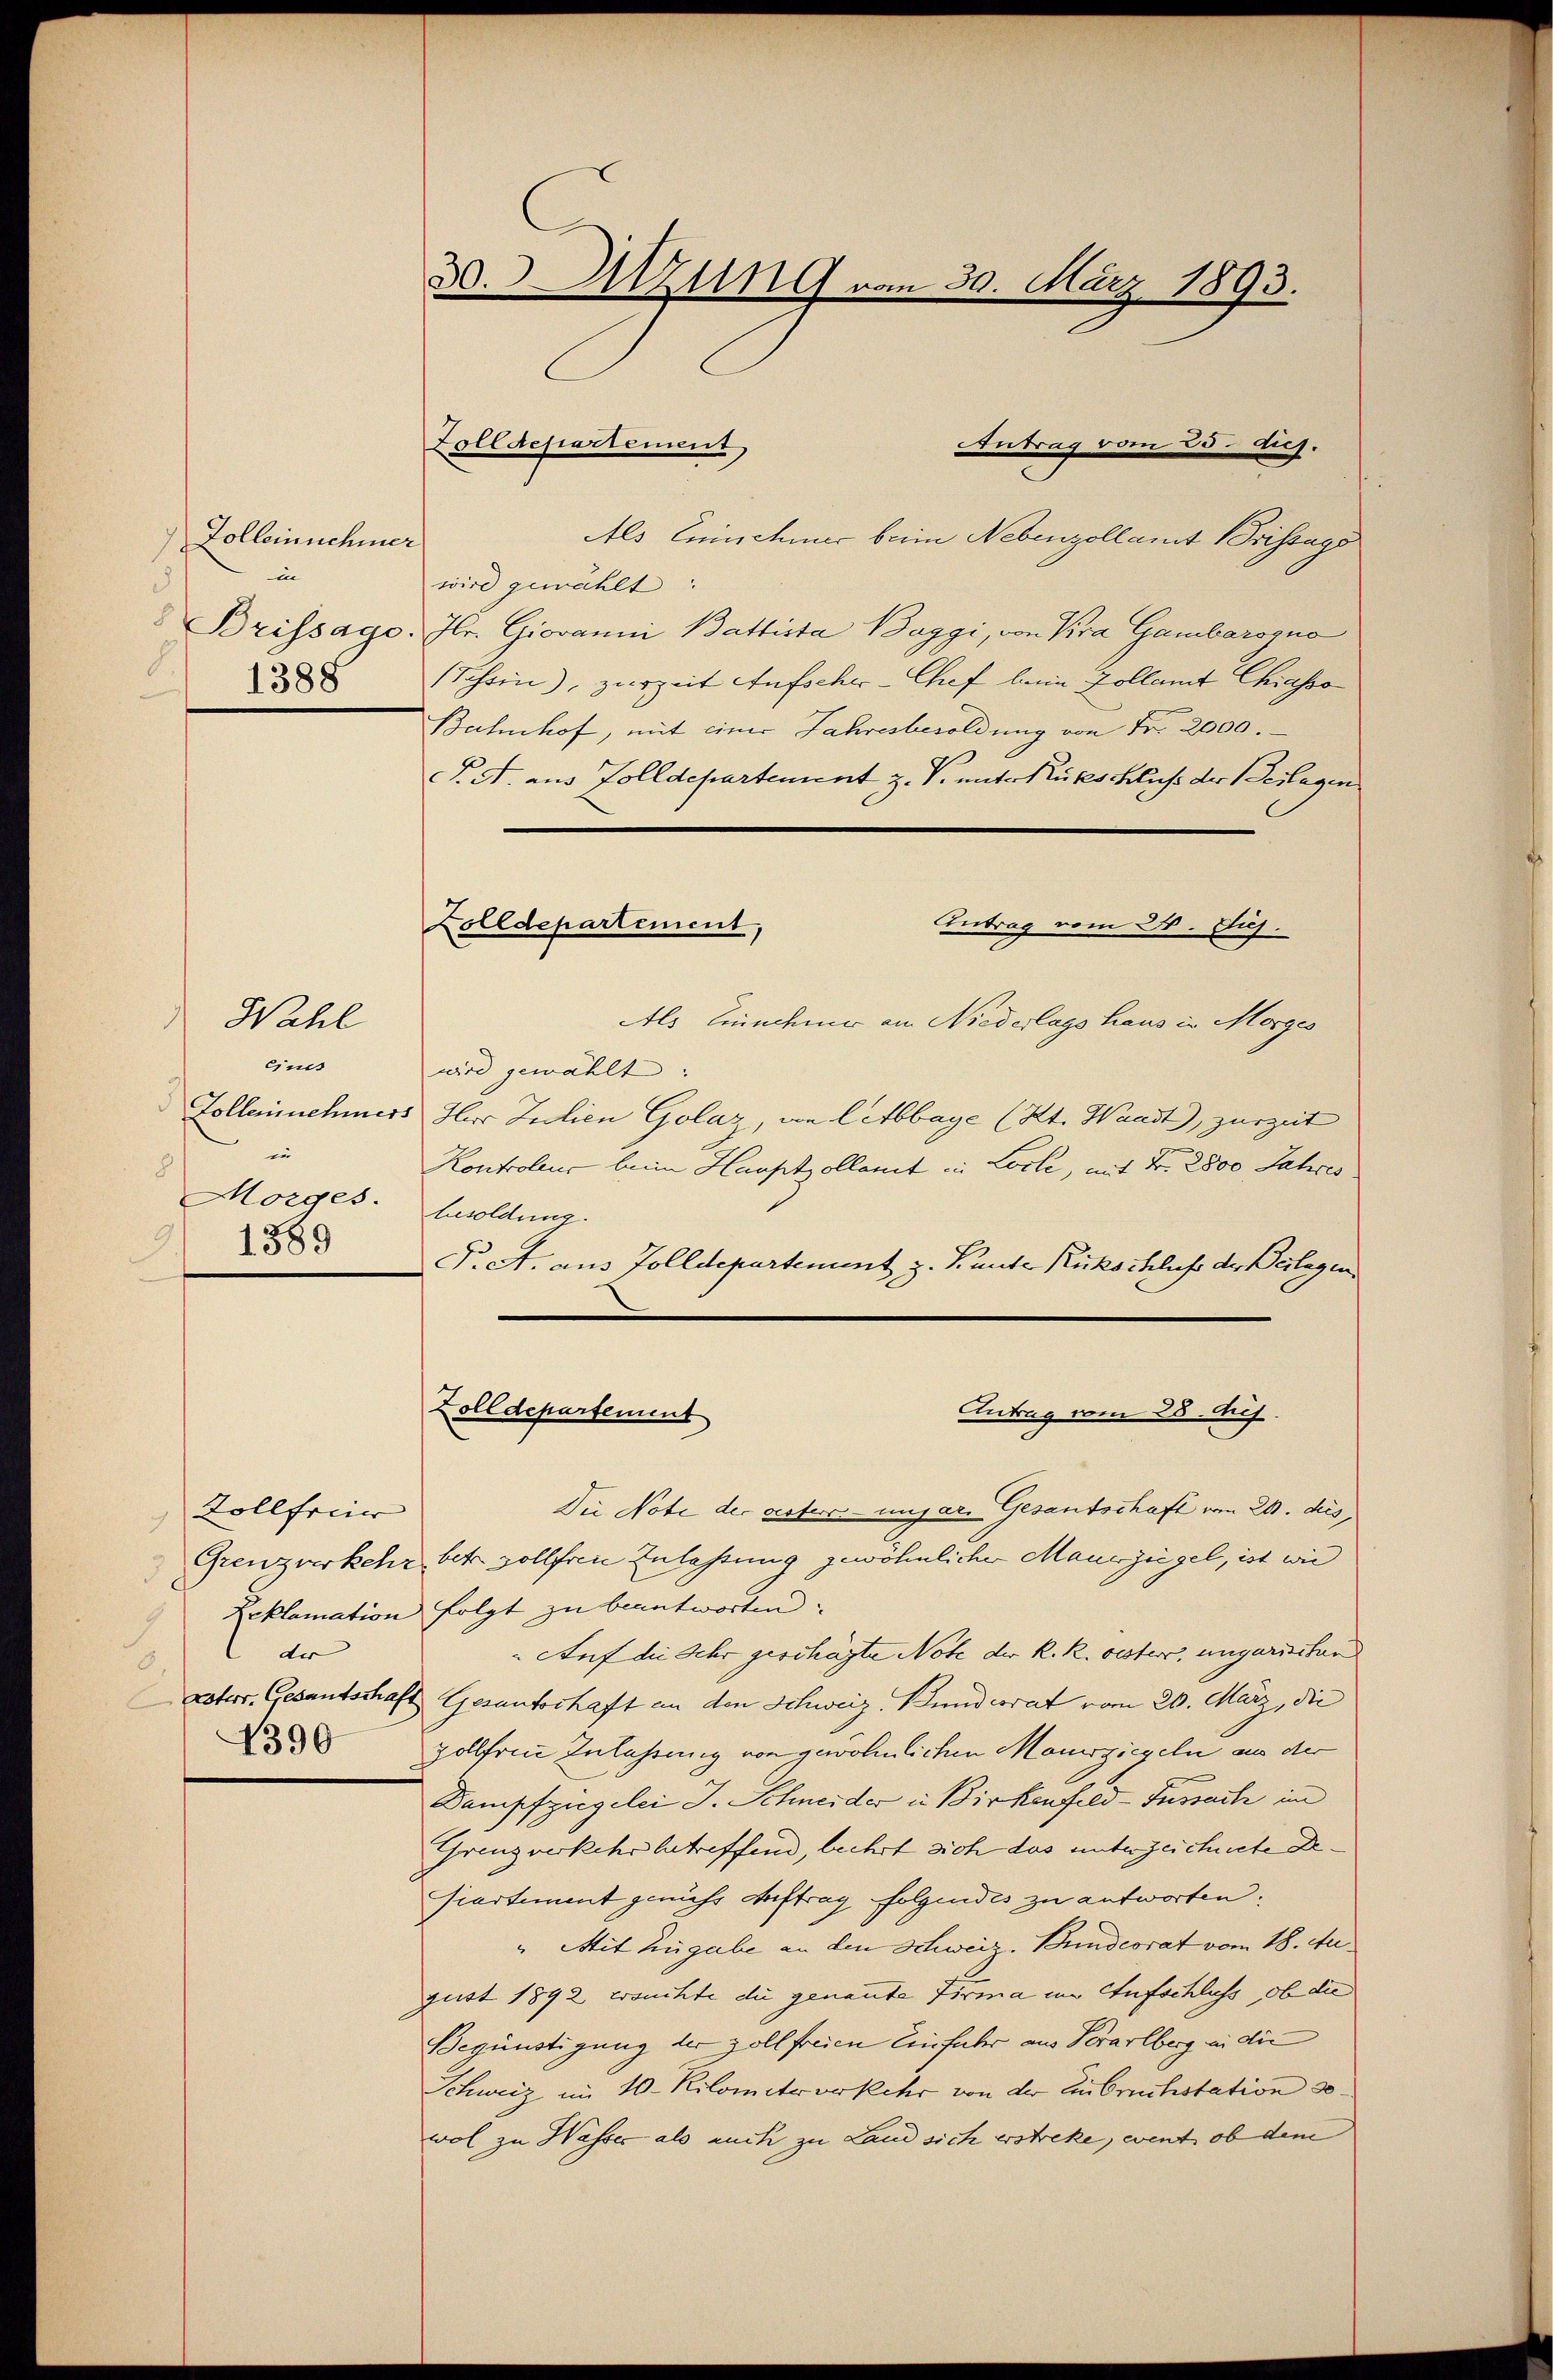
Zolleinnehmer
in
3
" Brissage.
1388

eine
Zollernehmers
in
c
Morges.
1889

Wahl

Zollfreier
Grenzverkehr
Leklamation
der
3
Loterr. Gesantschaft
4390

30. Sitzung vom 30. März 1893.

Zolldepartement

Zolldepartement,

Antrag vom 25. diej.
Als Einschmer beim Nebenzollamt Brissage
wird gewählt:
 Jr. Giovanni Battista Baggi, von Kra Gambarogno
Schein), zurzeit Aufscher-Chef beim Zollamt Chiasso
Bahnhof, mit einer Jahresbesoldung von Fr. 2000.
. A. aus Zolldepartement z. V. unter Rubeschluss der Beilagen
Antrag vom 24. Juj.
Als Benehmer am Niederlags haus in Morges
wird gewählt:
Iber Teilien Golaz, an lebbaye (Kt. Waadt), zurzeit
Kontroleur beim Hauptzollamt in Loche, mit Fr. 2800 Jahres
besoldung.
P.a. aus Tolldepartement z. Bunde Rückschluss der Beilagen
Zolldepartement
Antrag vom 28. Aus
Die Note der gester ungar. Gesandschaft vom 20. ds.
bete sollfreie Zulassung gewöhnlicher Mauszügel, ist wie
folgt zu beantworten.
Auf die Sehr geschäfte Note der K. R. oester, ungarischen
Gesantschaft an den Schweiz. Bundesrat vom 20. März, die
polfen Zufahrung von gewöhnlichen Manusziegeln an der
Dampfzugelei J. Schneider in Birkenfeld-Tussach in
Grenzverkehr betreffend, beehrt sich das unterzeichnete Desiartement gemäss Auftrag folgendes zu antworten.
" Mit Zugabe an den Schweiz. Bundesrat vom 18. Au
gust 1892 ersuchte die genannte Firma im Aufschluss, ob die
Begünstigung der zollfreien Einfahr aus Verarlberg in die
Schweiz im 10. Kilometeorkehr von der Anbruchstation 30
wol zu Wasser als auch zu Land sich erstreke, event ob dem